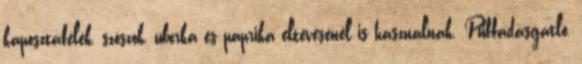
káposztafélék, szószok, uborka és paprika eltevésénél is használnak. Puffadásgátló,